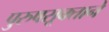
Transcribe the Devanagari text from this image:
पुरुषसूक्ताने